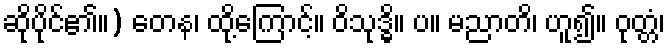
ဆိုပိုင်၏။) တေန၊ ထို့ကြောင့်။ ဝိသုဒ္ဓိ။ ပ။ မညာတိ၊ ဟူ၍။ ဝုတ္တံ၊